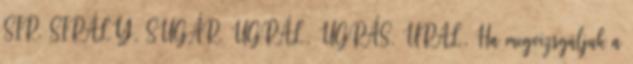
SIR, SIRÁLY, SUGÁR, UGRÁL, UGRÁS, URAL, Ha megvizsgáljuk a